画像に写った文字を読んでください
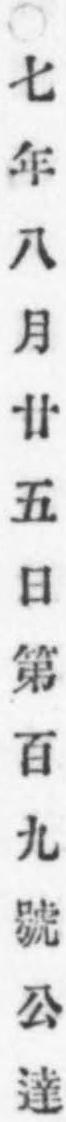
「○七年八月廿五日第百九號公達」と書いてあります